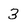
Character: 3